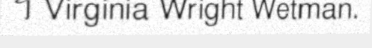
។ Virginia Wright Wetman.